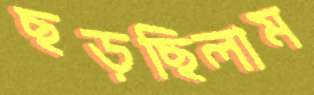
ছড়ছিলাম